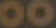
00